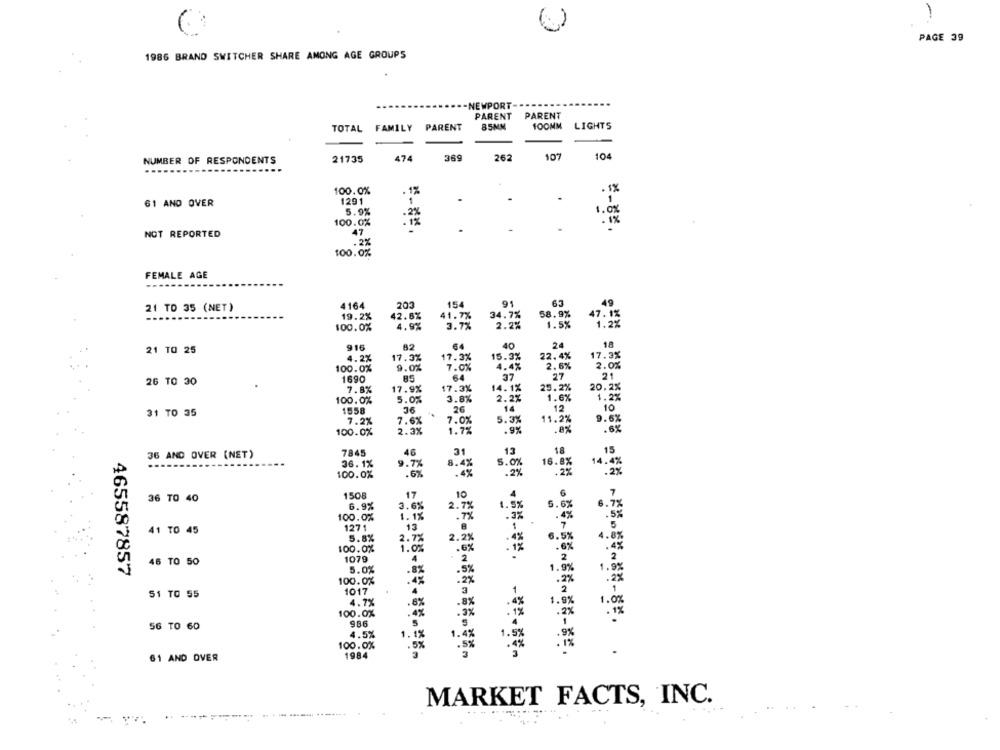
PAGE 39
1986 BRAND SWITCHER SHARE AMONG AGE GROUPS
-NEWPORT-
PARENT PARENT
TOTAL FAMILY PARENT
85MM
100MM LIGHTS
474
369
262
107
104
NUMBER OF RESPONDENTS
21735
100.0%
.1%
61 AND OVER
1291
1
5.9%
100.0%
47
NOT REPORTED
. 2%
100.0%
FEMALE AGE
21 TO 35 (NET)
4164
203
154
91
63
49
19.2%
42.6%
41.7%
34.7%
58.9%
100.0%
4.9%
3.7%
2.2%
1.5%
916
82
40
24
18
21 TO 25
4.2%
17.3%
17.3%
15.3%
22.4%
17.3%
100.0%
9.0%
7.0%
4.4%
2.6%
2.0%
64
37
27
21
26 TO 30
1690
85
7.8%
17.9%
17.3%
14.1%
25.2%
20.2%
3.8%
2.2%
100.0%
5.0%
9C
14
1.2%
31 TO 35
1550
26
12
10
7.2%
7.6%
5.3%
11.2%
7.0%
9.6%
100.0%
2.3%
1.7%
.9%
.8%
46
13
18
36 AND OVER (NET)
7845
15
36.1%
9.7%
5.0%
16.8%
.6%
8.4%
: 29
: 22
100.0%
1508
17
10
6
36 TO 40
6.9%
3.6%
2.7%
1.5%
5.6%
.7%
100.0%
1.1%
.3%
.4%
1271
41 TO 45
13
8
5.8%
2.7%
2.2%
6.5%
100.0%
.6%
1.0%
46
50
1079
4
2
5.0%
.5%
465587857
.8%
100.0%
.2%
51 TO 55
1017
3
1
4.7%
.6%
.8%
100.0%
. 4%
.3%
986
56 TO
60
S
4.5%
1
12
1.4%
100.0%
5%
.5%
61 AND OVER
1984
MARKET FACTS, INC.
.... 1 -------------